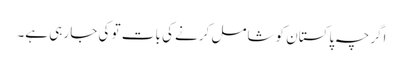
اگرچہ پاکستان کو شامل کرنے کی بات تو کی جا رہی ہے۔